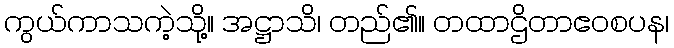
ကွယ်ကာသကဲ့သို့။ အဋ္ဌာသိ၊ တည်၏။ တထာဌိတာဧဝစပန၊